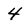
Character: 4